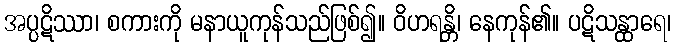
အပ္ပဋိဿာ၊ စကားကို မနာယူကုန်သည်ဖြစ်၍။ ဝိဟရန္တိ၊ နေကုန်၏။ ပဋိသန္ထာရေ၊